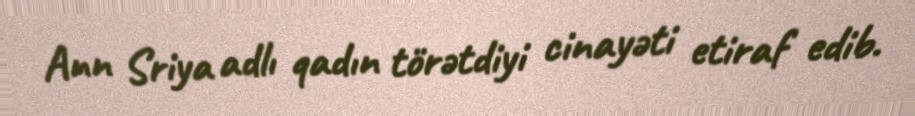
Ann Sriya adlı qadın törətdiyi cinayəti etiraf edib.